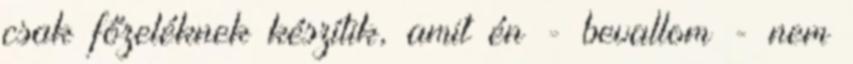
csak főzeléknek készítik, amit én - bevallom - nem